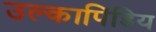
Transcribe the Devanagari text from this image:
उल्कापिंडिय